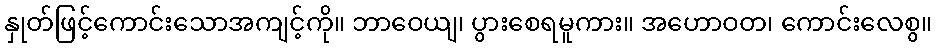
နှုတ်ဖြင့်ကောင်းသောအကျင့်ကို။ ဘာဝေယျ၊ ပွားစေရမူကား။ အဟောဝတ၊ ကောင်းလေစွ။